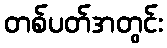
တစ်ပတ်အတွင်း